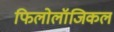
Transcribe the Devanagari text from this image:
फिलोलॉजिकल